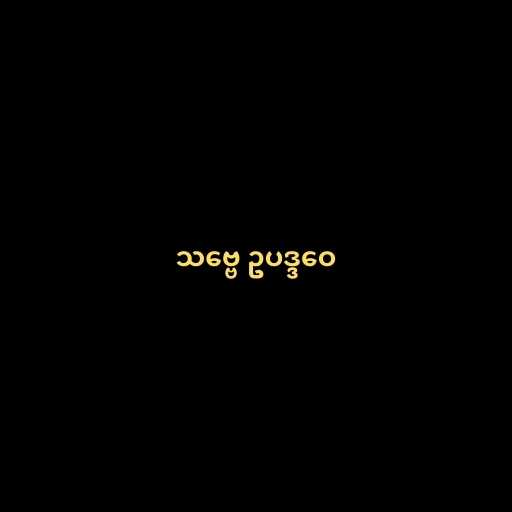
သဗ္ဗေ ဥပဒ္ဒဝေ